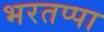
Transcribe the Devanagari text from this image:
भरतप्पा